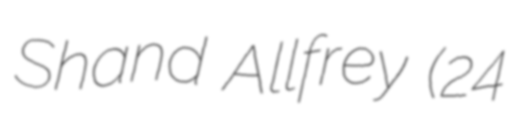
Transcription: Shand Allfrey (24